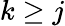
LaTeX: k\geq j